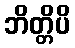
ဘိတ္တိပိ